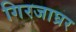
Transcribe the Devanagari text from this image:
गिरजाघ्रर